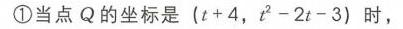
\textcircled{1}当点\(Q\)的坐标是\((t + 4, t^{2}-2t - 3)\)时，